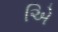
એિ